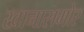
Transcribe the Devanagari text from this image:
खानासमोर